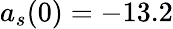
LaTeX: a_{s}(0)=-13.2